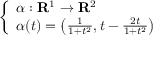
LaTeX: \left\{ \begin{array} { l l } { \alpha : \mathbf { R } ^ { 1 } \to \mathbf { R } ^ { 2 } } \\ { \alpha ( t ) = \left( { \frac { 1 } { 1 + t ^ { 2 } } } , t - { \frac { 2 t } { 1 + t ^ { 2 } } } \right) } \end{array} \right.